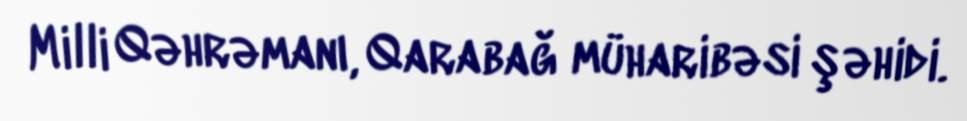
Milli Qəhrəmanı, Qarabağ müharibəsi şəhidi.